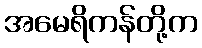
အမေရိကန်တို့က